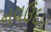
નવઉદાર